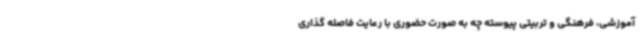
آموزشی، فرهنگی و تربیتی پیوسته چه به صورت حضوری با رعایت فاصله گذاری